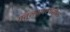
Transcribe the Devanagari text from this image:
संतुलनावस्थेतील